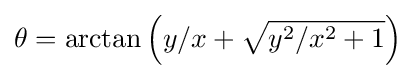
\theta =\arctan \left(y/x+{\sqrt {y^{2}/x^{2}+1}}\right)